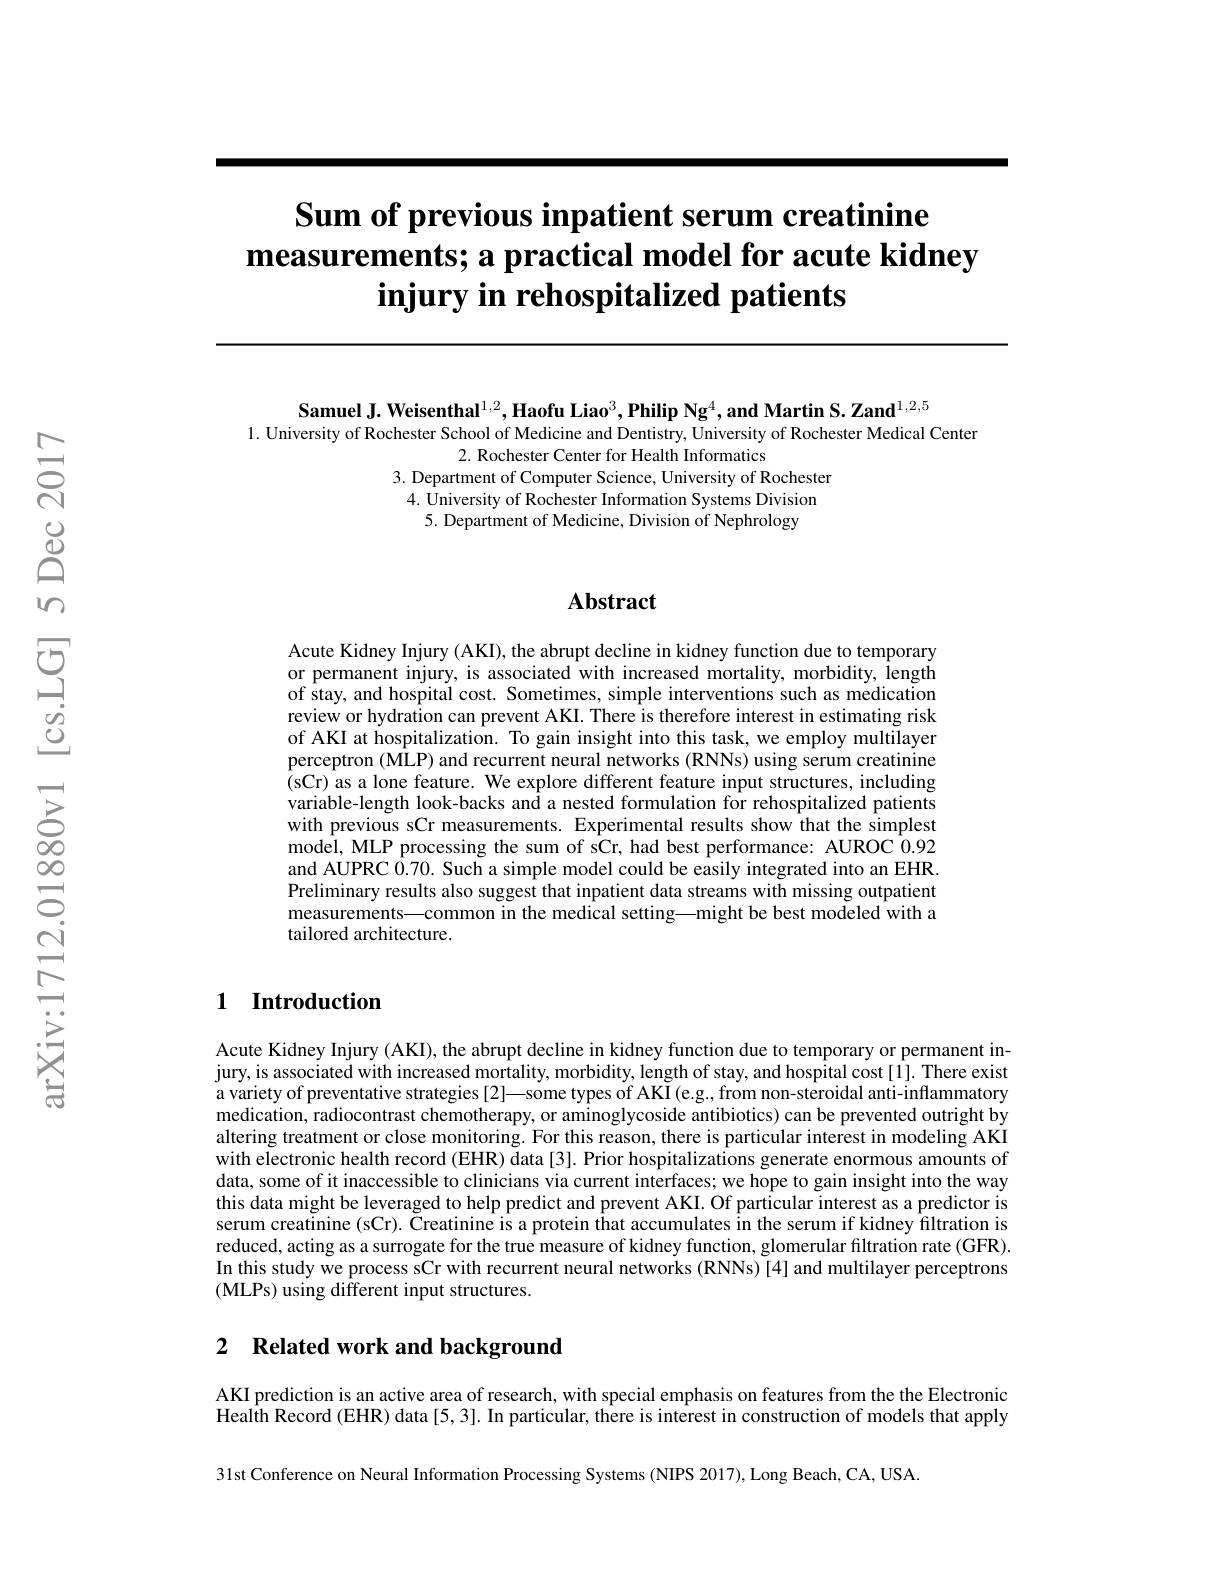
# Sum of previous inpatient serum creatinine $\textbf{measurements; a practical model for acute kidney}$ injury in rehospitalized patients

Samuel J. Weisenthal$^1,2,\textbf{Haofu Liao}^3,\textbf{Philip Ng}^4$,and Martin S. Zand$^1,2,5$
1. University of Rochester School of Medicine and Dentistry, University of Rochester Medical Center
2. Rochester Center for Health Informatics
3. Department of Computer Science, University of Rochester 4. University of Rochester Information Systems Division 5. Department of Medicine, Division of Nephrology

### $\mathbf{Abstract}$

Acute Kidney Injury ( AKI), the abrupt decline in kidney function due to temporary or permanent injury, is associated with increased mortality, morbidity, length of stay, and hospital cost. Sometimes, simple interventions such as medication review or hydration can prevent AKI. There is therefore interest in estimating risk of AKI at hospitalization. To gain insight into this task, we employ multilayer perceptron (MLP) and recurrent neural networks (RNNs) using serum creatinine (sCr) as a lone feature. We explore different feature input structures, including variable-length look-backs and a nested formulation for rehospitalized patients with previous sCr measurements. Experimental results show that the simplest model, MLP processing the sum of sCr, had best performance: AUROC 0.92 and AUPRC 0.70. Such a simple model could be easily integrated into an EHR. Preliminary results also suggest that inpatient data streams with missing outpatient measurements—common in the medical setting—might be best modeled with a tailored architecture.

## 1 Introduction

Acute Kidney Injury (AKI), the abrupt decline in kidney function due to temporary or permanent injury, is associated with increased mortality, morbidity, length of stay, and hospital cost[1]. There exist a variety of preventative strategies [2]—some types of AKI(e.g., from non-steroidal anti-inflammatory medication, radiocontrast chemotherapy, or aminoglycoside antibiotics) can be prevented outright by altering treatment or close monitoring. For this reason, there is particular interest in modeling AKI with electronic health record (EHR) data [3]. Prior hospitalizations generate enormous amounts of data, some of it inaccessible to clinicians via current interfaces; we hope to gain insight into the way this data might be leveraged to help predict and prevent AKI. Of particular interest as a predictor is serum creatinine (sCr). Čreatinine is a protein that accumulates in the serum if kidney filtration is reduced, acting as a surrogate for the true measure of kidney function, glomerular filtration rate (GFR). In this study we process sCr with recurrent neural networks (RNNs) [4] and multilayer perceptrons (MLPs) using different input structures.

## 2 Related work and background

AKI prediction is an active area of research, with special emphasis on features from the the Electronic $\hat{\text{Health Record (EHR) data[5,3]. In particular, there is interest in construction of models that apply}}$

31st Conference on Neural Information Processing Systems (NIPS 2017), Long Beach, CA, USA.